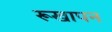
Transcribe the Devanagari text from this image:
रूखापन